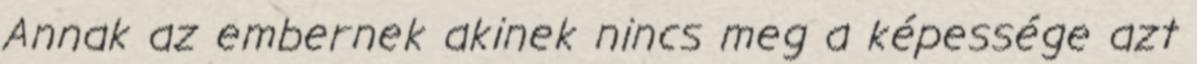
Annak az embernek akinek nincs meg a képessége azt